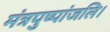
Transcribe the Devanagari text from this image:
मंत्रपुष्पांजलि।